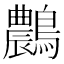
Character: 𪆯